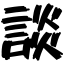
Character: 談